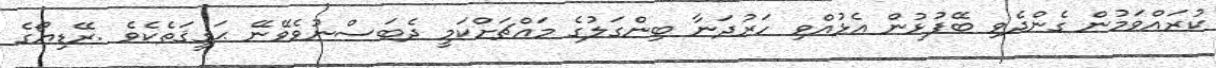
ކުރައްވަމުން ގެންދެވި ބޭފުޅުން އެޅުއްވި ހަރުދަނާ ބިންގަލުގެ މައްޗަށްކަމީ ދެބަސްނުވެވޭނޭ ޙަޤީޤަތެކެވެ .ރޭޑިޔޯގެ